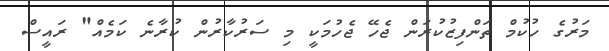
މަރުގެ ހުކުމް ތަންފިޒުކުރަން ޖެހޭ ޖެހުމަކީ މި ސަރުކާރުން ކުރާނެ ކަމެއް" ރައީސް